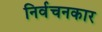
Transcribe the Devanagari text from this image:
निर्वचनकार